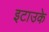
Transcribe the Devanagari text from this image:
इटाउके